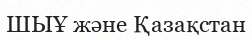
ШЫҰ және Қазақстан